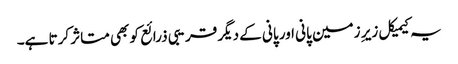
یہ کیمیکل زیر ِ زمین پانی اور پانی کے دیگر قریبی ذرائع کو بھی متاثر کرتا ہے۔